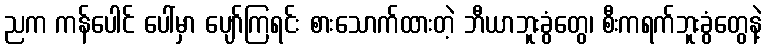
ညက ကန်ပေါင် ပေါ်မှာ ပျော်ကြရင်း စားသောက်ထားတဲ့ ဘီယာဘူးခွံတွေ၊ စီးကရက်ဘူးခွံတွေနဲ့